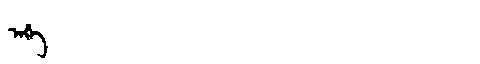
Manchu: ᠠᡤᡝ
Romanization: AGE